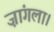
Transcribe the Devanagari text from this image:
ज़ांगला।